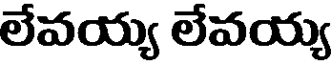
లేవయ్య లేవయ్య